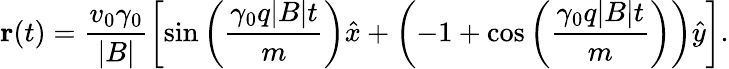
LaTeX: \mathbf{r}(t)=\frac{v_{0}\gamma_{0}}{|B|}\left[\sin\left(\frac{\gamma_{0}q|B|t}{m}\right)\hat{x}+\left(-1+\cos\left(\frac{\gamma_{0}q|B|t}{m}\right)\right)\hat{y}\right].